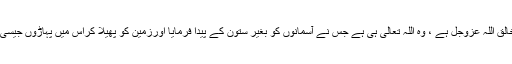
یہ سارے کا سارا جہان مخلوق اوراس کوپیدا کرنے والا خالق اللہ عزوجل ہے ، وہ اللہ تعالی ہی ہے جس نے آسمانوں کو بغیر ستون کے پیدا فرمایا اورزمین کو پھیلا کراس میں پہاڑوں جیسی ميخیں گاڑ دیں اور زمیں میں نہریں اورسمندر چلا دیے ۔